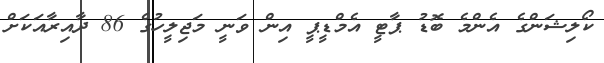
ކޯލިޝަންގެ އެންމެ ބޮޑު ޕާޓީ އެމްޑީޕީ އިން ވަނީ މަޖިލީހުގެ 86 ދާއިރާއަކަށް